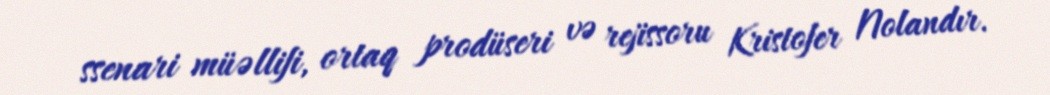
ssenari müəllifi, ortaq prodüseri və rejissoru Kristofer Nolandır.